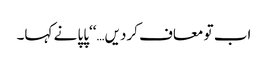
اب تو معاف کردیں…‘‘پاپا نے کہا۔